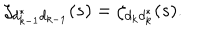
\zeta _ { d _ { k - 1 } ^ { * } d _ { k - 1 } } ( s ) = \zeta _ { d _ { k } d _ { k } ^ { * } } ( s ) .